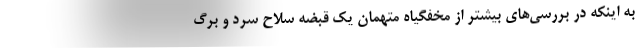
به اینکه در بررسی‌های بیشتر از مخفگیاه متهمان یک قبضه سلاح سرد و برگ